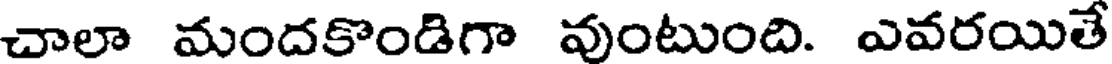
చాలా మందకొండిగా వుంటుంది. ఎవరయితే